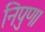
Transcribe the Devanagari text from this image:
निपुण।